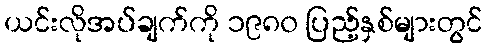
ယင်းလိုအပ်ချက်ကို ၁၉၈၀ ပြည့်နှစ်များတွင်